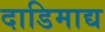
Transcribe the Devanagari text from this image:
दाडिमाद्य